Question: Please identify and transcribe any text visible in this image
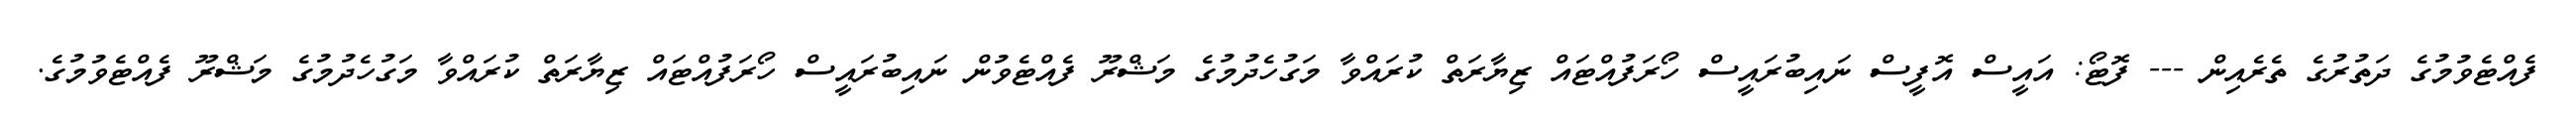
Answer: ފެއްޓެވުމުގެ ދަތުރުގެ ތެރެއިން --- ފޮޓޯ: އައީސް އޮފީސް ނައިބުރައީސް ހޯރަފުއްޓައް ޒިޔާރަތް ކުރައްވާ މަގުހެދުމުގެ މަޝްރޫ ފެއްޓެވުން ނައިބުރައީސް ހޯރަފުއްޓައް ޒިޔާރަތް ކުރައްވާ މަގުހެދުމުގެ މަޝްރޫ ފެއްޓެވުމުގެ.